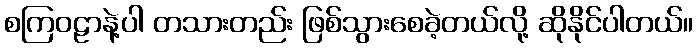
စကြဝဠာနဲ့ပါ တသားတည်း ဖြစ်သွားစေခဲ့တယ်လို့ ဆိုနိုင်ပါတယ်။